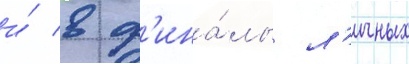
и́ в ф'ина́лы л'ичных